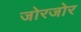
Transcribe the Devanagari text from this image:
जोरजोर